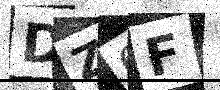
Text: DZOF